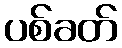
ပစ်ခတ်